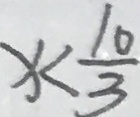
x < \frac { 1 0 } { 3 }